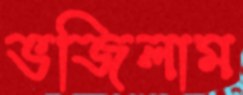
ভজিলাম